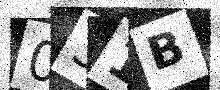
Text: 031B